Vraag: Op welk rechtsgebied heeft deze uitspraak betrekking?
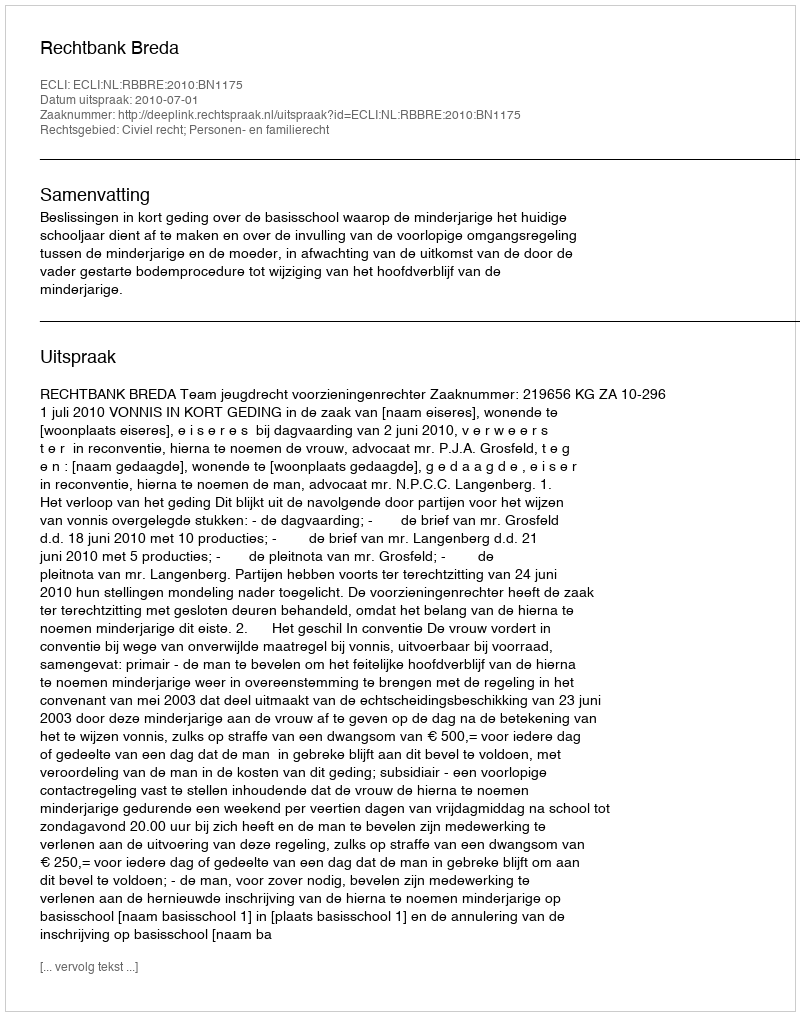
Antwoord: Civiel recht; Personen- en familierecht